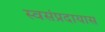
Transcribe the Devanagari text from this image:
स्वसंप्रदायास